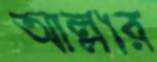
আল্লার